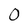
Character: 0